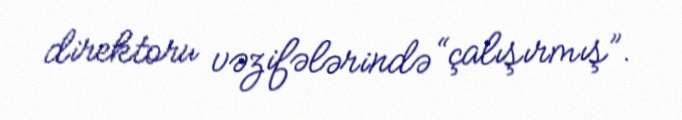
direktoru vəzifələrində “çalışırmış”.